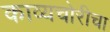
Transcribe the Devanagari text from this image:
काव्यचोरीचा